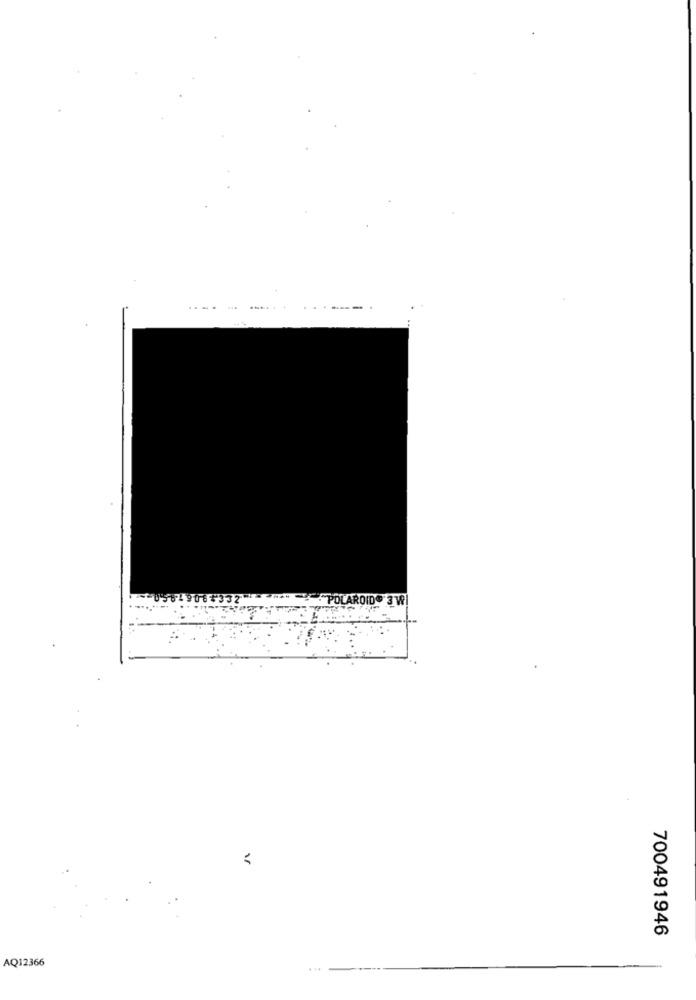
POLAROID® 3 W
700491946
AQ12366